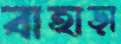
বাহাড়া